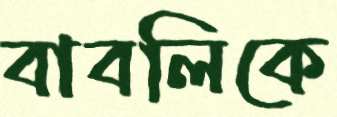
বাবলিকে